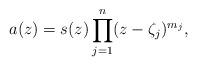
LaTeX: \begin{align*}a(z) = s(z) \prod_{j = 1}^{n} (z - \zeta_{j})^{m_j},\end{align*}